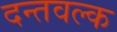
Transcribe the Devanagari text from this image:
दन्तवल्क